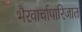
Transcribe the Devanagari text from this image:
भैरवार्चापारिजात